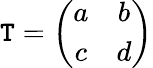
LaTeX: \mathtt{T}=\left(\begin{array}{cc}{{a}}&{{b}}\\ {{c}}&{{d}}\end{array}\right)